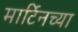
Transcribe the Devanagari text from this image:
मार्टिनच्या